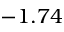
- 1 . 7 4